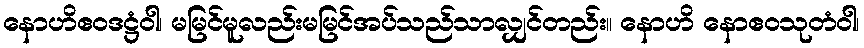
နောဟိဧဝဒဋ္ဌံဝါ၊ မမြင်မူလည်းမမြင်အပ်သည်သာလျှင်တည်း။ နောဟိ နောဧဝသုတံဝါ၊